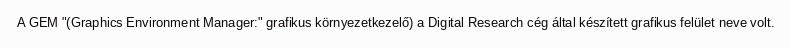
A GEM "(Graphics Environment Manager:" grafikus környezetkezelő) a Digital Research cég által készített grafikus felület neve volt.